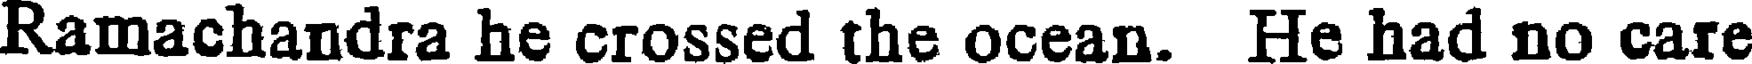
Ramachandra he crossed the ocean. He had no care